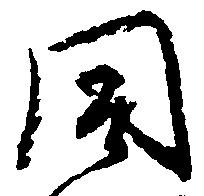
同